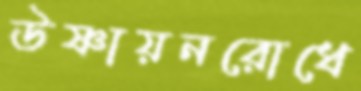
উষ্ণায়নরোধে